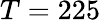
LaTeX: T=225